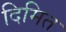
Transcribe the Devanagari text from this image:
दिमित